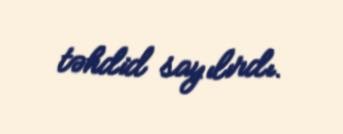
təhdid sayılırdı.